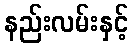
နည်းလမ်းနှင့်